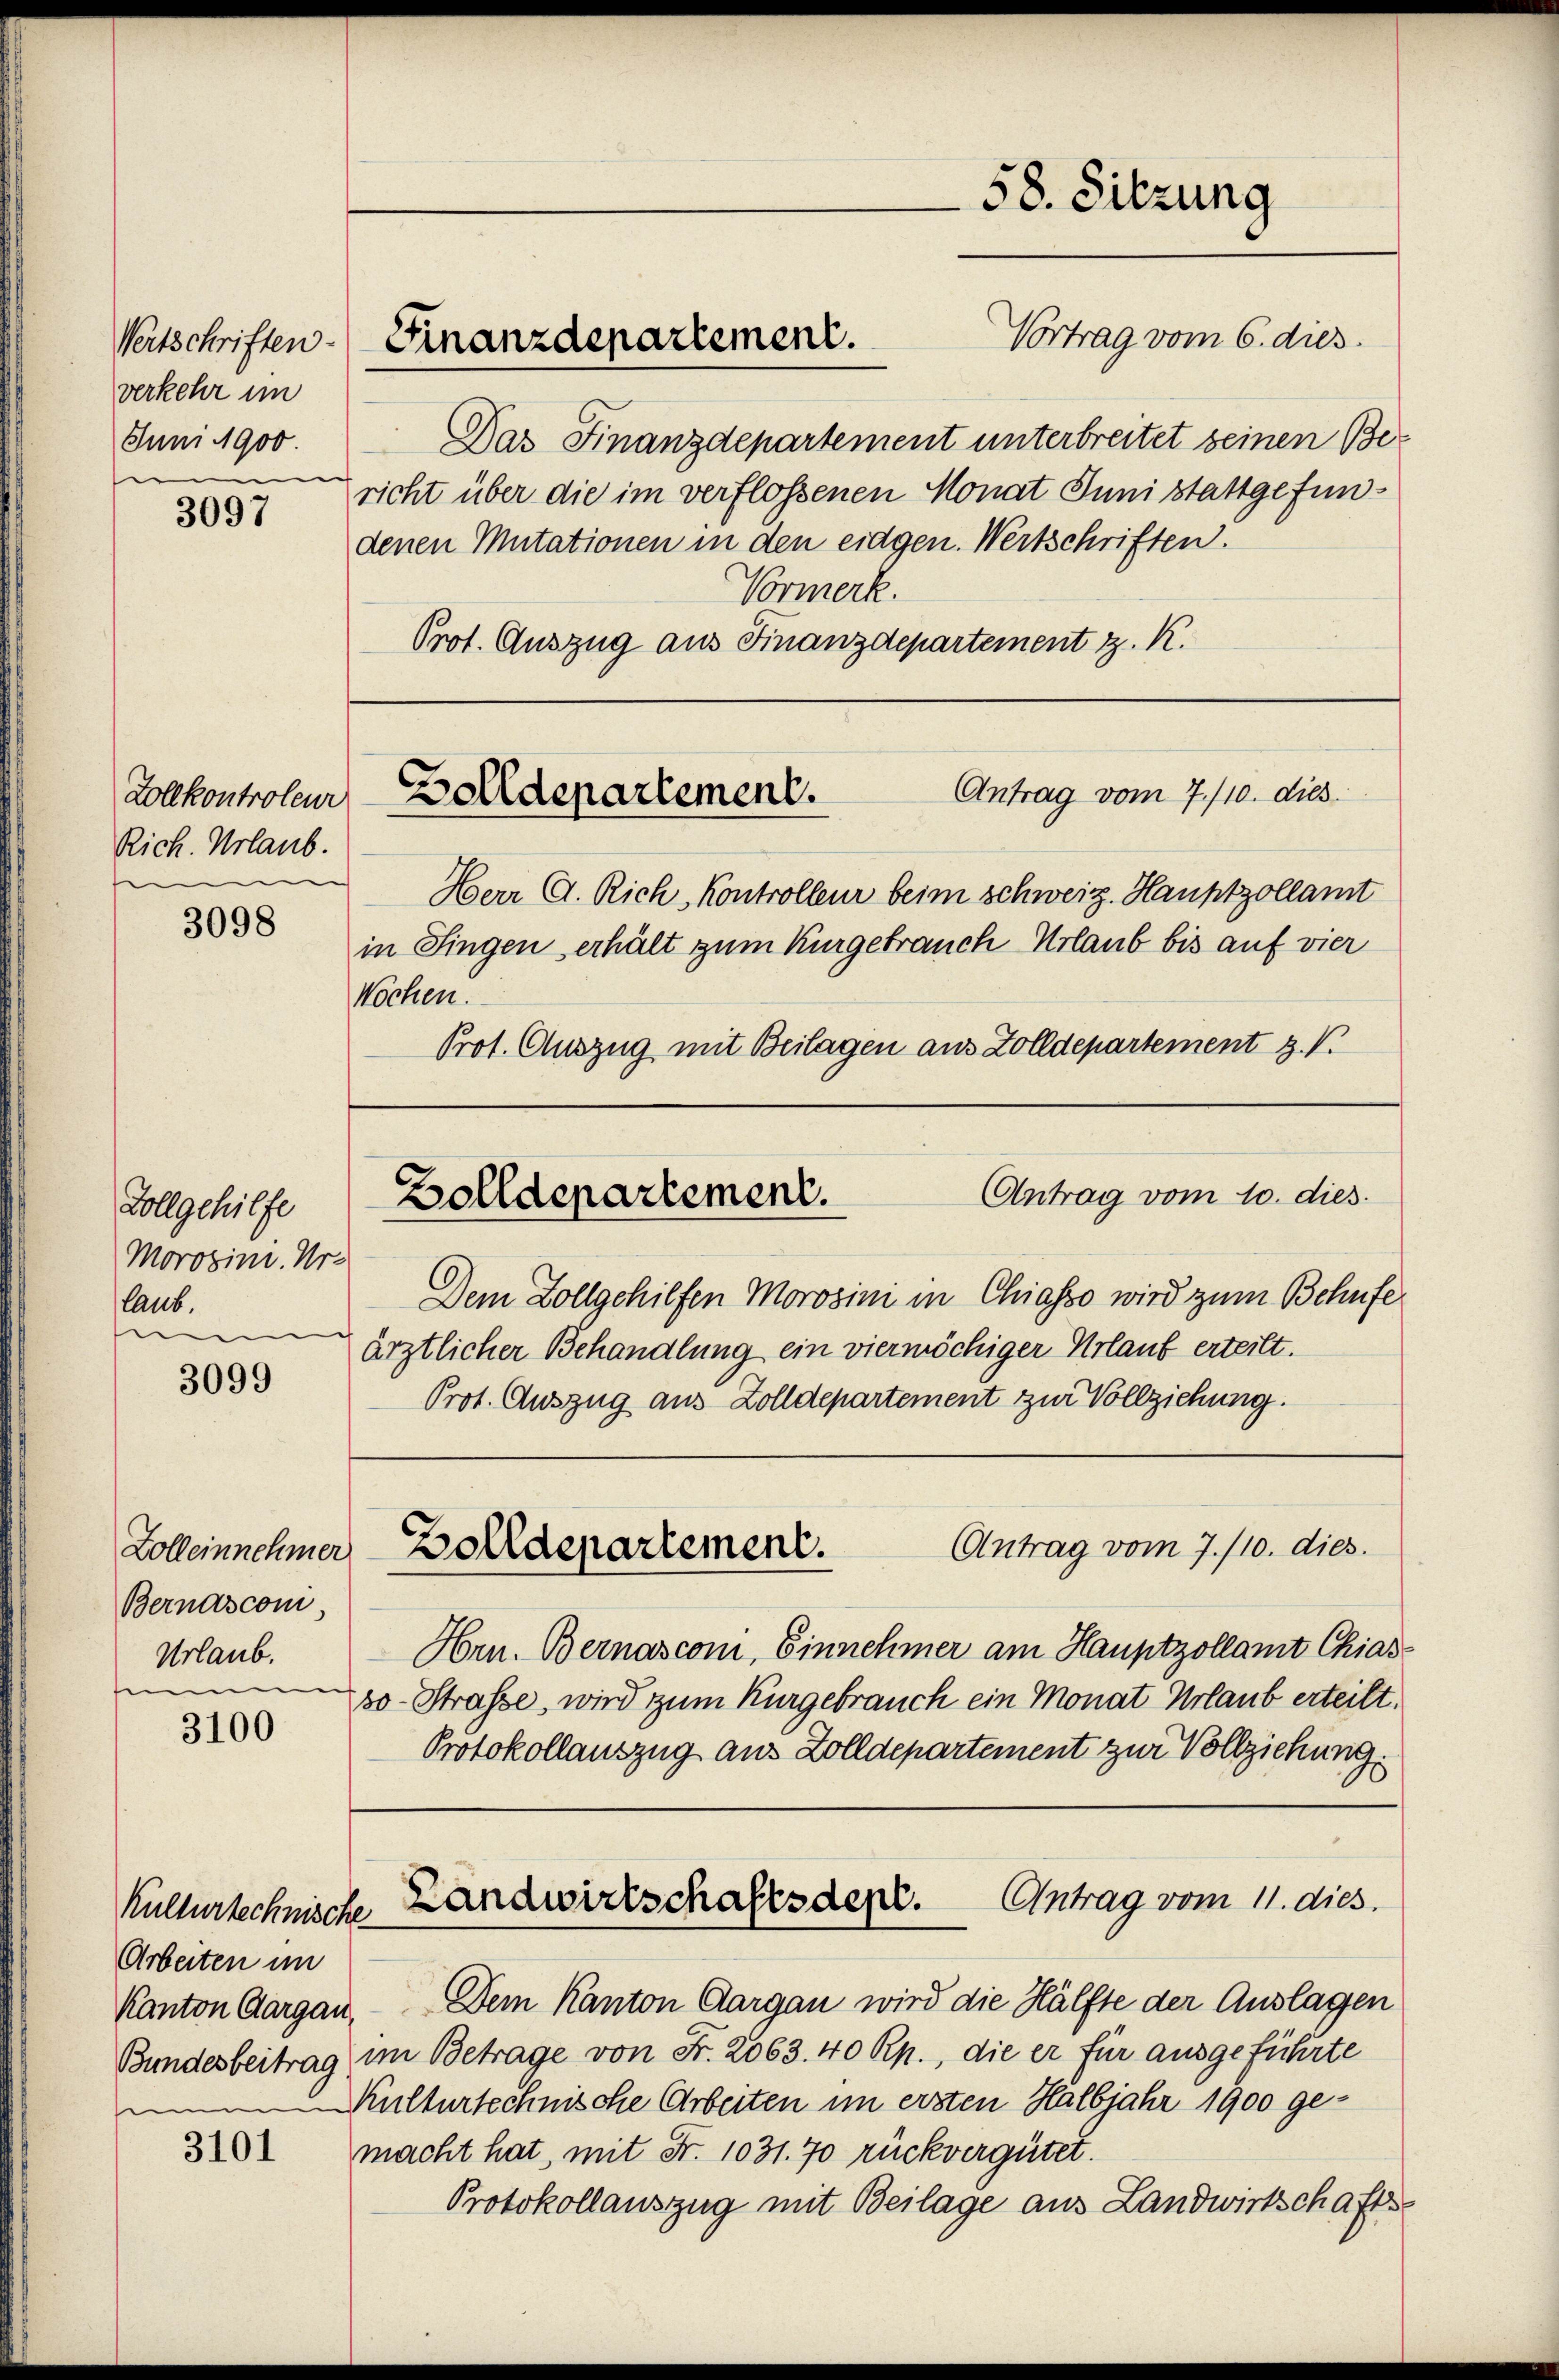
verkehr im
Juni 1900.
e

3097

Vollkontroleur
Rich. Urlaub.
s

3098

Vollgehilfe
Morogin. Ur-
laub.
nn

3099

Bernasconi,
Urlaub.
e

3100

Kulturtechnische
Arbeiten im

3101

Vortrag vom 6. dies.
Das Finanzdepartement unterbreitet seinen Be-
richt über die im verflossenen Monat Juni stattgefundenen Mutationen in den eidgen. Wertschriften.
Vormerk.
Prot. Auszug aus Finanzdepartement z. K.

Herr C. Rich, Kontrolleur beim schweiz. Hauptzollamt
in Singen erhält zum Kurgebrauch Urlaub bis auf vier
Wochen.
Prot. Auszug mit Beilagen aus Zolldepartement z. V.

Vertschriften Finanzdepartement.

Dem Zollgehilfen Morosini in Chiasso wird zum Behufe
ärztlicher Behandlung ein viermöchiger Urlaub erteilt.
Prot. Auszug aus Zolldepartement zur Vollziehung.

Protokollauszug aus Zolldepartement zur Vollziehung

58. Sitzung

Antrag vom 7./10. dies
Zolldepartement.

Antrag vom 10. dies
Zolldepartement.

Antrag vom 7./10. dies
Zolleinnehmer, Zolldepartement.

Hrn. Bernasconi, Einnehmer am Hauptzollamt Chias-
30. Strasse, wird zum Kurgebrauch ein Monat Urlaub erteilt.
Landwirtschaftsdepe. Antrag vom 11. dies.
Kanton Aargau. Dem Kanton Aargau wird die Hälfte der Auslagen
Bundesbeitrag im Betrage von Fr. 2063. 40 Rp., die er für ausgeführte
Kulturtechnische Arbeiten im ersten Halbjahr 1900 gemacht hat, mit Fr. 1031. 70 rückvergütet.
Protokollauszug mit Beilage aus Landwirtschafts¬